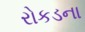
રોકડના